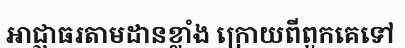
អាជ្ញាធរតាមដានខ្លាំង ក្រោយពីពួកគេទៅ